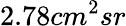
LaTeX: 2.78cm^{2}sr